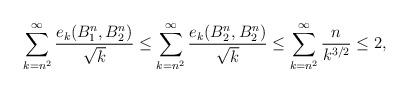
LaTeX: \begin{align*}\sum_{k=n^2}^{\infty} \frac{e_k(B_1^n, B_2^n)}{\sqrt{k}}\leq \sum_{k=n^2}^{\infty} \frac{e_k(B_2^n, B_2^n)}{\sqrt{k}}\leq \sum_{k=n^2}^{\infty} \frac{ n }{ k^{3/2} } \leq 2,\end{align*}